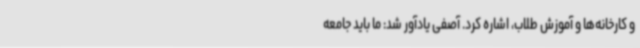
و کارخانه‌ها و آموزش طلاب، اشاره کرد. آصفی یادآور شد: ما باید جامعه